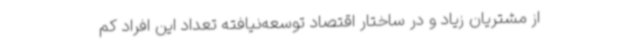
از مشتریان زیاد و در ساختار اقتصاد توسعه‌نیافته تعداد این افراد کم